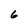
Character: 6